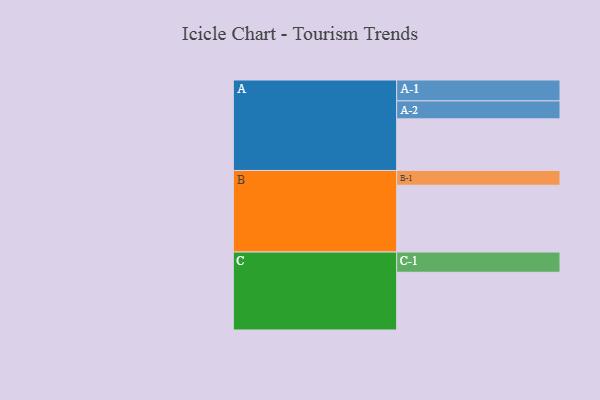
{"axis": {"x": "Segment", "y": "Value"}, "legend": ["", "A", "B", "C"], "data": [{"x": "A", "y": 388, "type": ""}, {"x": "B", "y": 502, "type": ""}, {"x": "C", "y": 434, "type": ""}, {"x": "A-1", "y": 157, "type": "A"}, {"x": "A-2", "y": 135, "type": "A"}, {"x": "B-1", "y": 111, "type": "B"}, {"x": "C-1", "y": 152, "type": "C"}]}